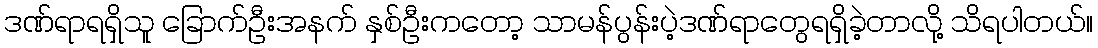
ဒဏ်ရာရရှိသူ ခြောက်ဦးအနက် နှစ်ဦးကတော့ သာမန်ပွန်းပဲ့ဒဏ်ရာတွေရရှိခဲ့တာလို့ သိရပါတယ်။